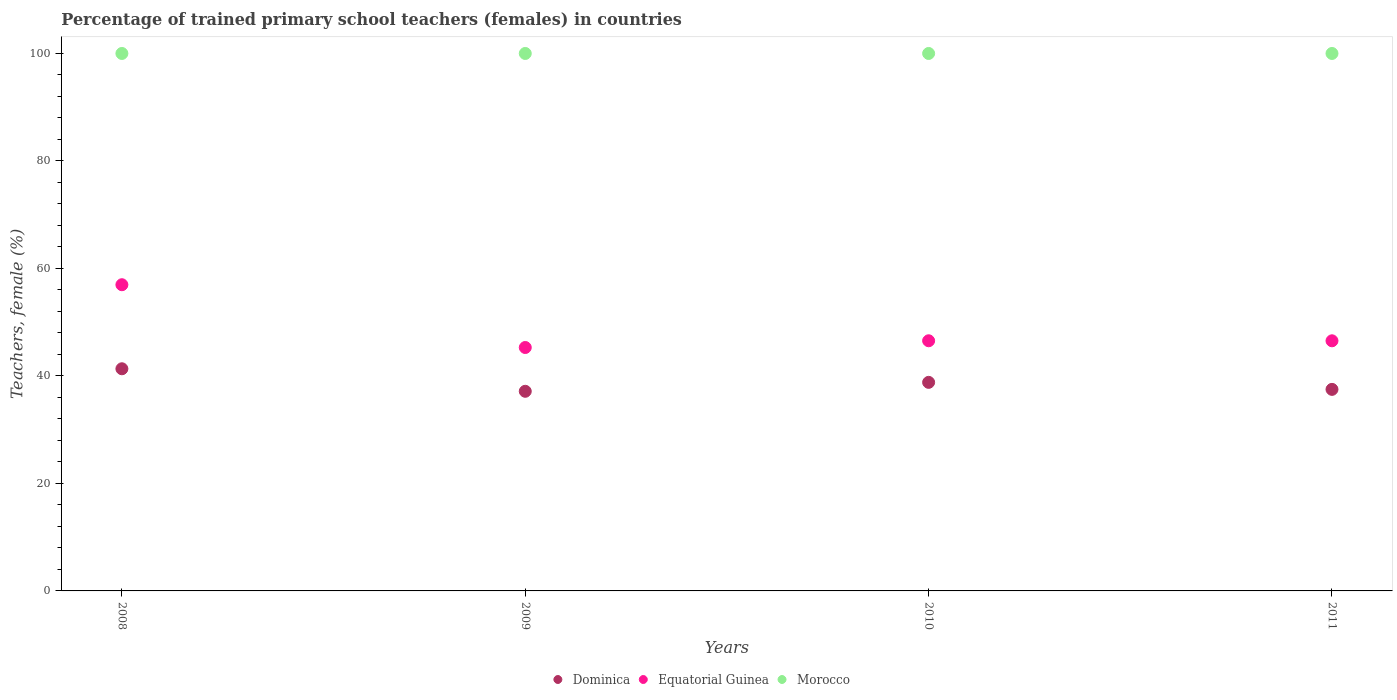
| Years | Dominica | Equatorial Guinea | Morocco |
 | --- | --- | --- | --- |
 | 2008 | 41.3 | 57 | 100 |
 | 2009 | 37.1 | 45.3 | 100 |
 | 2010 | 38.8 | 46.5 | 100 |
 | 2011 | 37.5 | 46.5 | 100 |